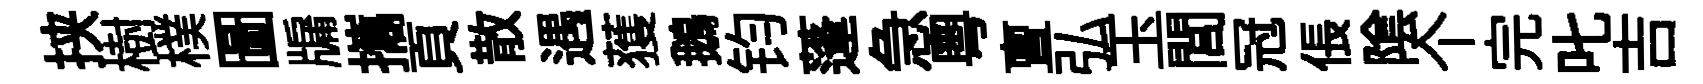
挟樹樸圖牖攜頁散遇𫉬鵝钧蓬急粤亶弘玉閭冠倀隂个完叱吉